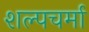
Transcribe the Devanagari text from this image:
शल्पचर्मा